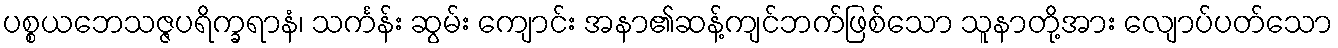
ပစ္စယဘေသဇ္ဇပရိက္ခရာနံ၊ သင်္ကန်း ဆွမ်း ကျောင်း အနာ၏ဆန့်ကျင်ဘက်ဖြစ်သော သူနာတို့အား လျောပ်ပတ်သော